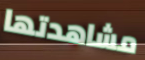
مشاهدتها